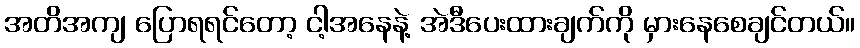
အတိအကျ ပြောရရင်တော့ ငါ့အနေနဲ့ အဲဒီပေးထားချက်ကို မှားနေစေချင်တယ်။